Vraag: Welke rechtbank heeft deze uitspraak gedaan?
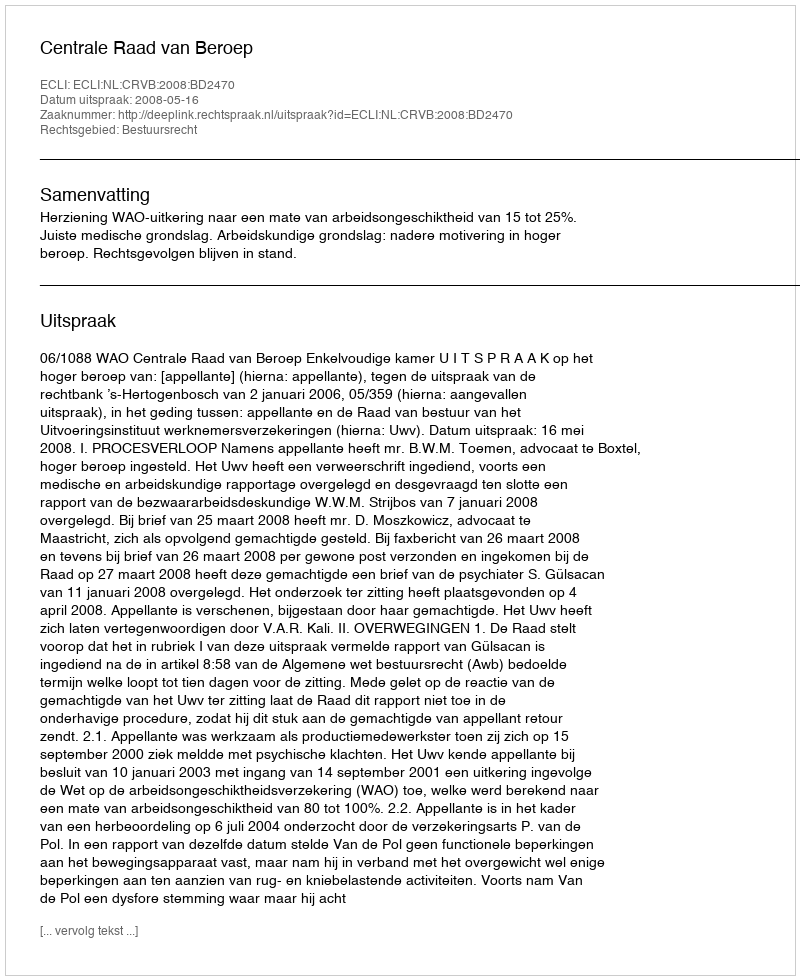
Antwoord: Centrale Raad van Beroep